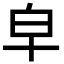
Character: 皁